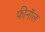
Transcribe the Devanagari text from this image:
फीनॉल